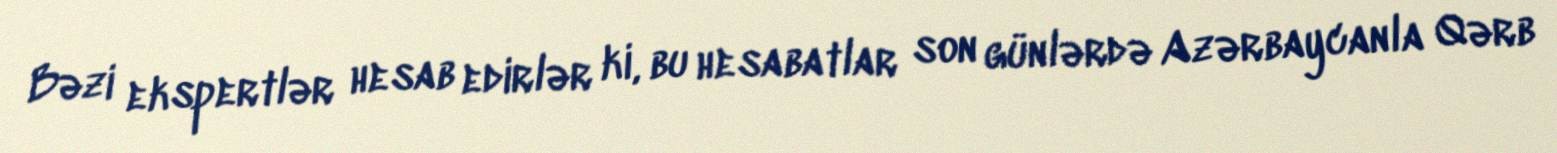
Bəzi ekspertlər hesab edirlər ki, bu hesabatlar son günlərdə Azərbaycanla Qərb